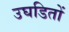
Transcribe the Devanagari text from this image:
उघडितों